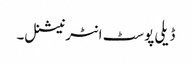
ڈیلی پوسٹ انٹرنیشنل۔